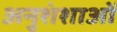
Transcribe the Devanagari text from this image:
अनुशंशाओं